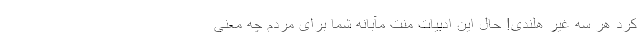
کرد هر سه غیر هلندی! حال این ادبیات منت مآبانه شما برای مردم چه معنی